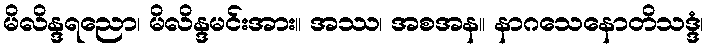
မိလိန္ဒရညော၊ မိလိန္ဒမင်းအား။ အဿ၊ အစအန။ နာဂသေနောတိသဒ္ဒံ၊